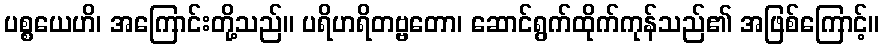
ပစ္စယေဟိ၊ အကြောင်းတို့သည်။ ပရိဟရိတဗ္ဗတော၊ ဆောင်ရွက်ထိုက်ကုန်သည်၏ အဖြစ်ကြောင့်။